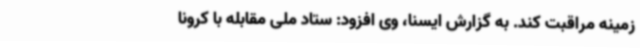
زمینه مراقبت کند. به گزارش ایسنا، وی افزود: ستاد ملی مقابله با کرونا